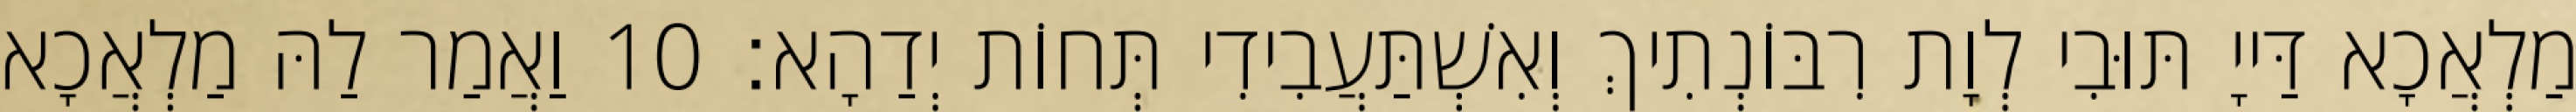
מַלְאֲכָא דַּייָ תּוּבִי לְוָת רִבּוֹנְתִיךְ וְאִשְׁתַּעֲבִידִי תְּחוֹת יְדַהָא׃ 10 וַאֲמַר לַהּ מַלְאֲכָא